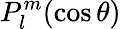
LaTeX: P_{l}^{m}(\cos\theta)